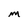
Character: m